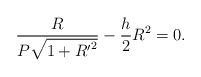
\begin{align*}\frac{R}{P\sqrt{1+{R^{\prime}}^2}}-\frac{h}{2}R^2=0.\end{align*}